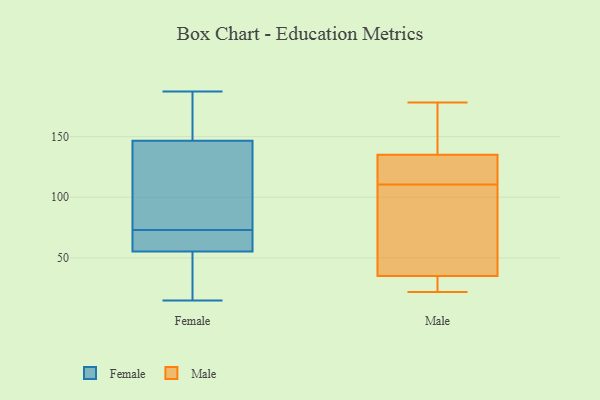
{"axis": {"x": "Page Views", "y": "Value"}, "legend": ["Female", "Male"], "data": [{"x": "", "y": 158, "type": "Female"}, {"x": "", "y": 142, "type": "Female"}, {"x": "", "y": 187, "type": "Female"}, {"x": "", "y": 57, "type": "Female"}, {"x": "", "y": 15, "type": "Female"}, {"x": "", "y": 55, "type": "Female"}, {"x": "", "y": 44, "type": "Female"}, {"x": "", "y": 120, "type": "Female"}, {"x": "", "y": 56, "type": "Female"}, {"x": "", "y": 64, "type": "Female"}, {"x": "", "y": 76, "type": "Female"}, {"x": "", "y": 153, "type": "Female"}, {"x": "", "y": 18, "type": "Female"}, {"x": "", "y": 68, "type": "Female"}, {"x": "", "y": 73, "type": "Female"}, {"x": "", "y": 166, "type": "Female"}, {"x": "", "y": 128, "type": "Female"}, {"x": "", "y": 49, "type": "Female"}, {"x": "", "y": 148, "type": "Female"}, {"x": "", "y": 129, "type": "Male"}, {"x": "", "y": 106, "type": "Male"}, {"x": "", "y": 151, "type": "Male"}, {"x": "", "y": 135, "type": "Male"}, {"x": "", "y": 71, "type": "Male"}, {"x": "", "y": 150, "type": "Male"}, {"x": "", "y": 104, "type": "Male"}, {"x": "", "y": 127, "type": "Male"}, {"x": "", "y": 122, "type": "Male"}, {"x": "", "y": 35, "type": "Male"}, {"x": "", "y": 178, "type": "Male"}, {"x": "", "y": 115, "type": "Male"}, {"x": "", "y": 30, "type": "Male"}, {"x": "", "y": 33, "type": "Male"}, {"x": "", "y": 172, "type": "Male"}, {"x": "", "y": 22, "type": "Male"}, {"x": "", "y": 49, "type": "Male"}, {"x": "", "y": 33, "type": "Male"}]}